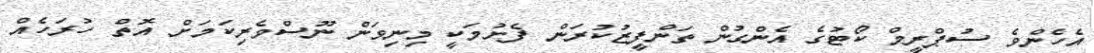
އެހެންވެ ސުޕްރީމް ކޯޓުގެ އެންގުން ތަންފީޒުކުރަން ފެށުމަކީ މިނިވަން ނޫސްވެރިކަމަށް އޮތް ހުރަހެއް